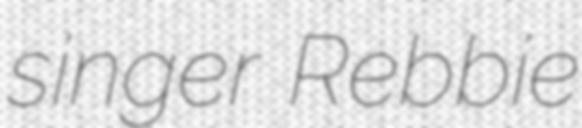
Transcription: singer Rebbie